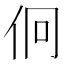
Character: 𠇶